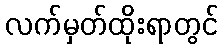
လက်မှတ်ထိုးရာတွင်